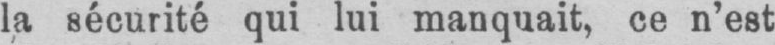
la sécurité qui lui manquait, ce n’est